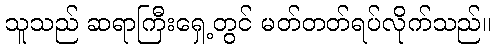
သူသည် ဆရာကြီးရှေ့တွင် မတ်တတ်ရပ်လိုက်သည်။